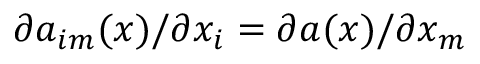
\partial a _ { i m } ( \boldsymbol x ) / \partial x _ { i } = \partial a ( \boldsymbol x ) / \partial x _ { m }